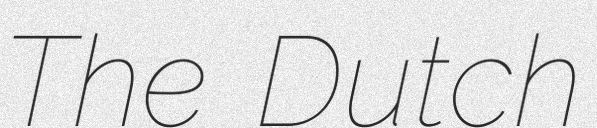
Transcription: The Dutch